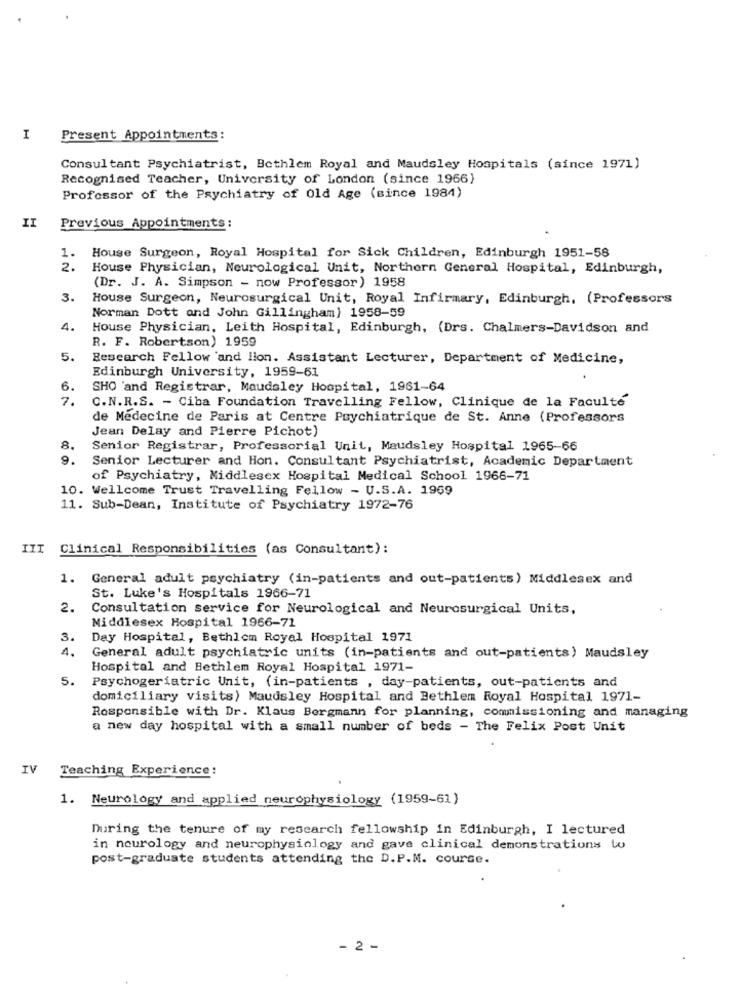
I
Present Appointments:
Consultant Psychiatrist, Bethlem Royal and Maudsley Hospitals (since 1971)
Recognised Teacher, University of London (since 1966)
Professor of the Psychiatry of Old Age (since 1984)
II
Previous Appointments:
1.
House Surgeon, Royal Hospital for Sick Children, Edinburgh 1951-58
2 .
House Physician, Neurological Unit, Northern General Hospital, Edinburgh,
(Dr. J. A. Simpson - now Professor) 1958
3.
House Surgeon, Neurosurgical Unit, Royal Infirmary, Edinburgh, (Professors
Norman Dott and John Gillingham) 1958-59
4.
House Physician, Leith Hospital, Edinburgh, (Drs. Chalmers-Davidson and
R. F. Robertson) 1959
5.
Research Fellow and lion. Assistant Lecturer, Department of Medicine,
Edinburgh University, 1959-61
6.
SHO 'and Registrar, Maudaley Hospital, 1961-64
7.
C.N.R.S. - Ciba Foundation Travelling Fellow, Clinique de la Faculte
de Medecine de Paris at Centre Psychiatrique de St. Anne (Professors
Jean Delay and Pierre Pichot)
8.
Senior Registrar, Professorial Unit, Maudsley Hospital 1965-66
9.
Senior Lecturer and Hon. Consultant Psychiatrist, Academic Department
of Psychiatry, Middlesex Hospital Medical School 1966-71
10. Wellcome Trust Travelling Fellow - U.S.A. 1969
11. Sub-Dean, Institute of Psychiatry 1972-76
III Clinical Responsibilities (as Consultant):
1. General adult psychiatry (in-patients and out-patients) Middlesex and
St. Luke's Hospitals 1966-71
2.
Consultation service for Neurological and Neurosurgical Units,
Middlesex Hospital 1966-71
3.
Day Hospital, Bethlem Royal Hospital 1971
4.
General adult psychiatric units (in-patients and out-patients) Maudsley
Hospital and Bethlem Royal Hospital 1971-
5.
Psychogeriatric Unit, (in-patients , day-patients, out-patients and
domiciliary visits) Maudsley Hospital and Bethlem Royal Hospital 1971-
Responsible with Dr. Klaus Bergmann for planning, commissioning and managing
a new day hospital with a small number of beds - The Felix Post Unit
IV
Teaching Experience:
1. Neurology and applied neurophysiology (1959-61)
During the tenure of my research fellowship in Edinburgh, I lectured
in neurology and neurophysiology and gave clinical demonstrations wo
post-graduate students attending the D.P.M. course.
- 2 -